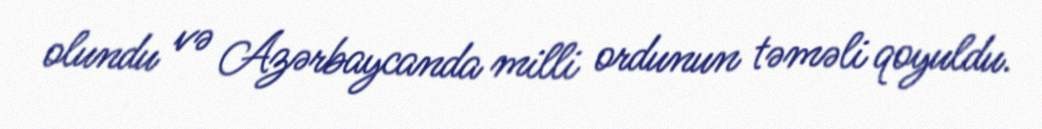
olundu və Azərbaycanda milli ordunun təməli qoyuldu.